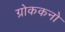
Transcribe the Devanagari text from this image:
ग्रोककनो